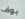
بوف